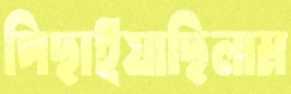
পিছাইয়াছিলাম